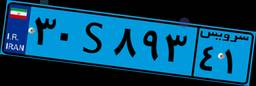
۳۰S۸۹۳۴۱